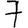
Digit: 7